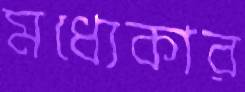
মধ্যেকার